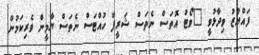
ފައްޔާޒު ވިދާޅުވީ "ވޯޓު އޮތަސް ނެތަސް ޝަރީފް ހުއްޓަސް ނެތަސް ޔާމީން ވެރިކަމުން